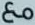
مع